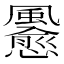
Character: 𲋊